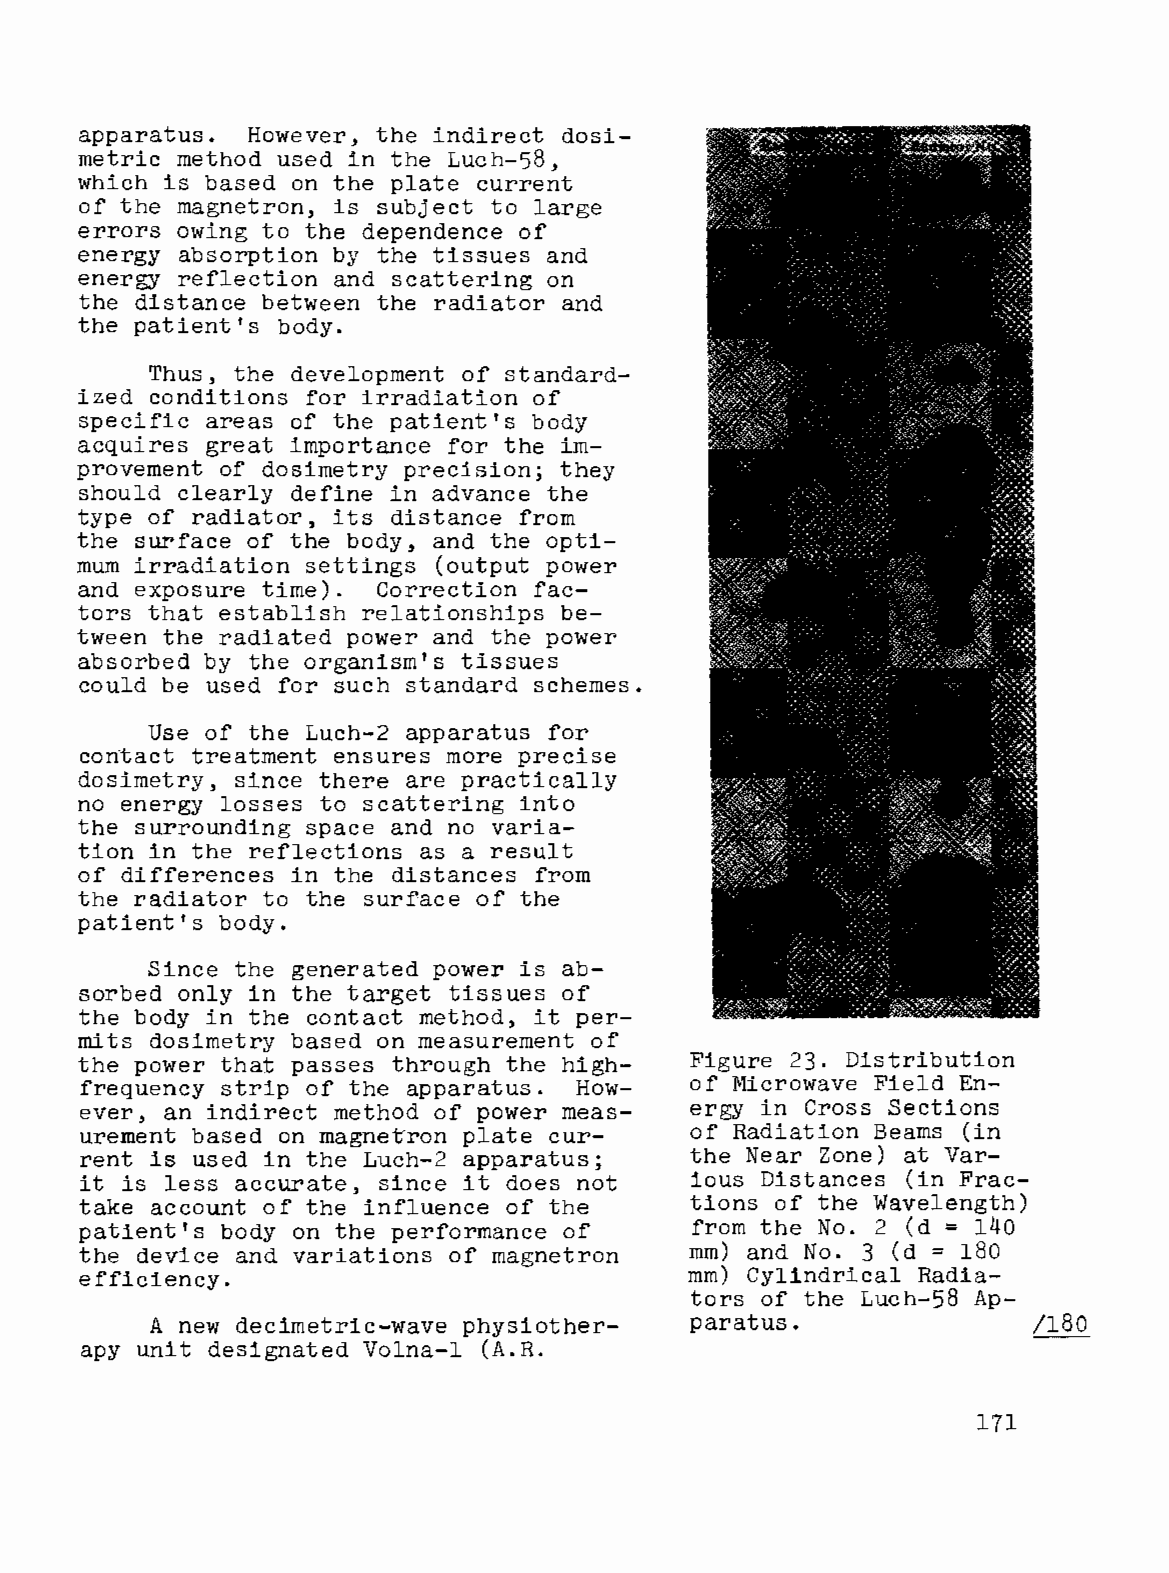
apparatus. However, the indirect dosi
 metric method used in the Luch-58,
 which is based on the plate current
 of the magnetron, is subject to large
 errors owing to the dependence of
 energy absorption by the tissues and
 energy reflection and scattering on
 the distance between the radiator and
 the patient's body.
 Thus, the development of standard
 ized conditions for irradiation of
 specific areas of the patient's body
 acquires great importance for the im
 provement of dosimetry precision; they
 should clearly define in advance the
 type of radiator, its distance from
 the surface of the body, and the opti
 mum irradiation settings (output power
 and exposure time). Correction fac
 tors that establish relationships be
 tween the radiated power and the power
 absorbed by the organism's tissues
 could be used for such standard schemes.
 Use of the Luch-2 apparatus for
 contact treatment ensures more precise
 dosimetry, since there are practically
 no energy losses to scattering into
 the surrounding space and no varia
 tion in the reflections as a result
 of differences in the distances from
 the radiator to the surface of the
 patient's body.
 Since the generated power is ab
 sorbed only in the target tissues of
 the body in the contact method, it per
 mits dosimetry based on measurement of
 the power that passes through the high   Figure 23. Distribution
 frequency strip of the apparatus. How    of Microwave Field En
 ever, an indirect method of power meas   ergy in Cross Sections
 urement based on          plate cur      of Radiation Beams (in
 magne~ron
 rent is used in the Luch-2 apparatus;    the Near Zone) at Var
 it is less accurate, since it does not   ious Distances (in Frac
 take account of the influence of the     tions of the Wavelength)
 patient's body on the performance of     from the No. 2 (d = 140
 the device and variations of magnetron   mm) and No. 3 (d = 180
 efficiency.                              mm) Cylindrical Radia
 tors of the Luch-58 Ap-
 A new decimetric-wave physiother    paratus.               /180
 apy unit designated Volna-l (A.R.
 171